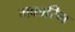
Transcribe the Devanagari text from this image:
मकारिम